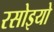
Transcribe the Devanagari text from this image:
रसोइयो